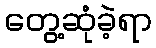
တွေ့ဆုံခဲ့ရာ